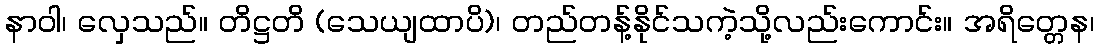
နာဝါ၊ လှေသည်။ တိဋ္ဌတိ (သေယျထာပိ)၊ တည်တန့်နိုင်သကဲ့သို့လည်းကောင်း။ အရိတ္တေန၊